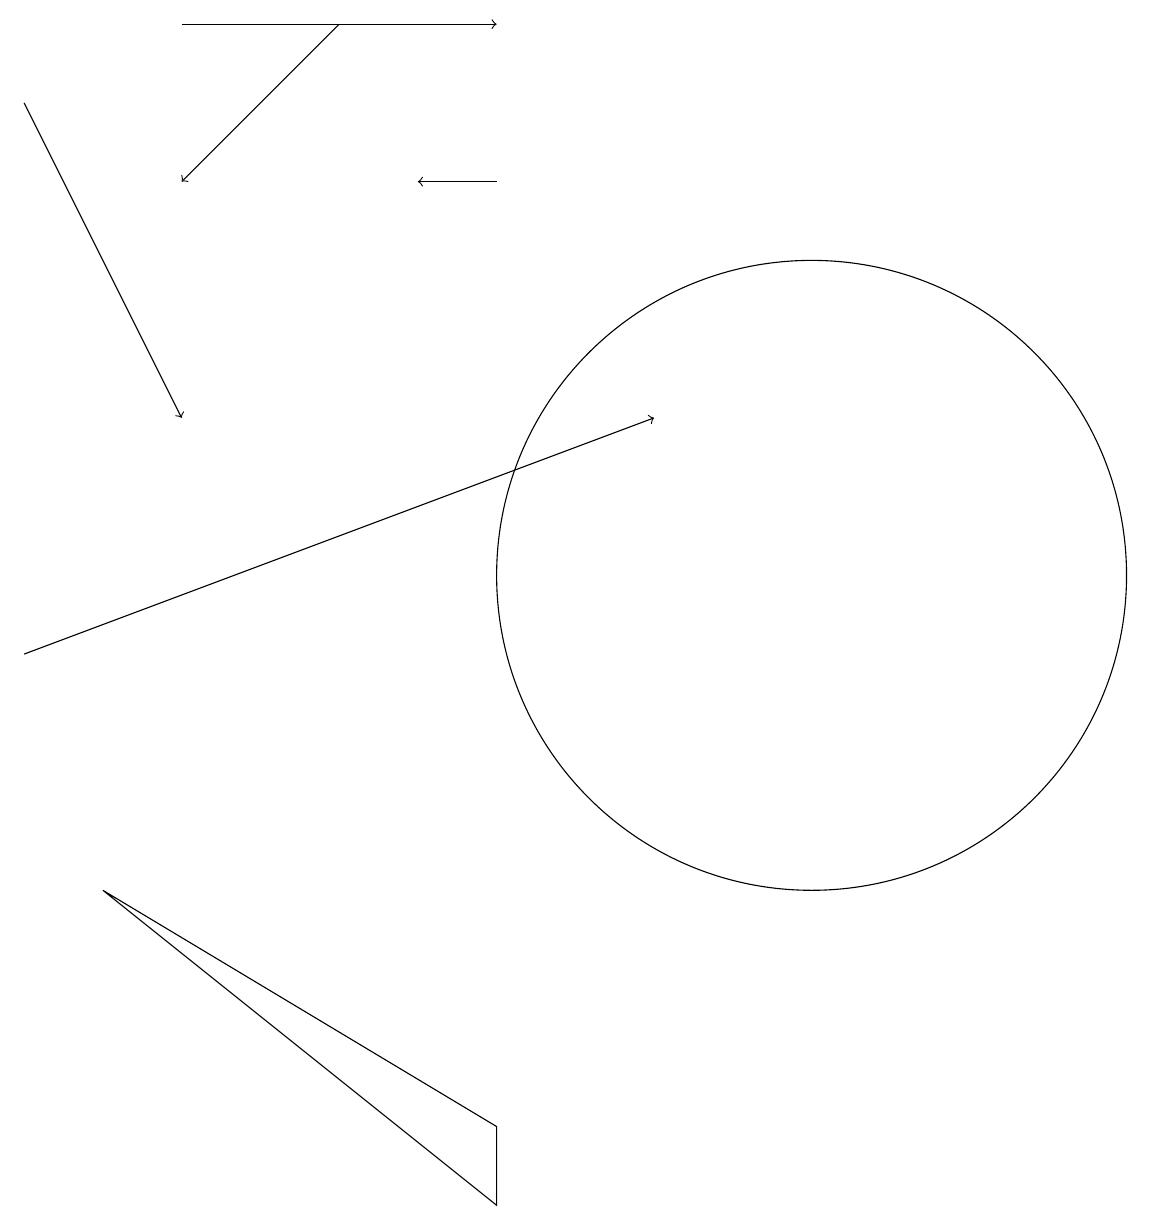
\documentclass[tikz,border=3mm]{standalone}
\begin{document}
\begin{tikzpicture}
\draw[->] (7,17) -- (6,17);
\draw (11,12) circle (4);
\draw[->] (5,19) -- (3,17);
\draw (2,8) -- (7,5) -- (7,4) -- cycle;
\draw[->] (1,18) -- (3,14);
\draw[->] (3,19) -- (7,19);
\draw[->] (1,11) -- (9,14);
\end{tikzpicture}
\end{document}